Report of the Indian Hemp Drugs Commission, 1894-1895 - Volume VIII
Year: 1894
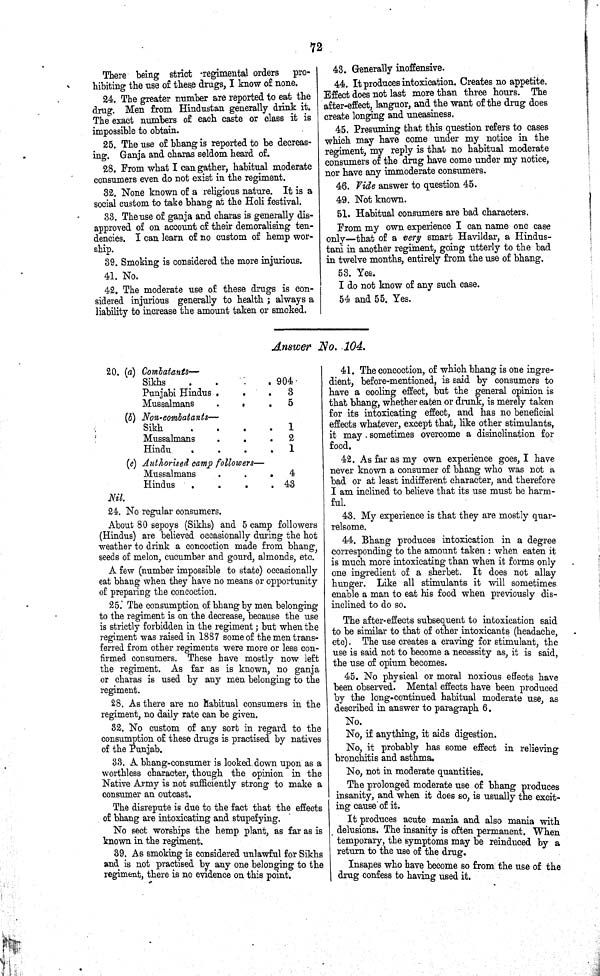
72
There being strict regimental orders pro-
hibiting the use of these drugs, I know of none.
24. The greater number are reported to eat the
drug. Men from Hindustan generally drink it.
The exact numbers of each caste or class it is
impossible to obtain.
25. The use of bhang is reported to be decreas-
ing. Ganja and charas seldom heard of.
28. From what I can gather, habitual moderate
consumers even do not exist in the regiment.
32. None known of a religious nature. It is a
social custom to take bhang at the Holi festival.
33. The use of ganja and charas is generally dis-
approved of on account of their demoralising ten-
dencies. I can learn of no custom of hemp wor-
ship.
39. Smoking is considered the more injurious.
41. No.
42. The moderate use of these drugs is con-
sidered injurious generally to health; always a
liability to increase the amount taken or smoked.
43. Generally inoffensive.
44. It produces intoxication. Creates no appetite.
Effect does not last more than three hours. The
after-effect, languor, and the want of the drug does
create longing and uneasiness.
45. Presuming that this question refers to cases
which may have come under my notice in the
regiment, my reply is that no habitual moderate
consumers of the drug have come under my notice,
nor have any immoderate consumers.
46. Vide answer to question 45.
49. Not known.
51. Habitual consumers are bad characters.
From my own experience I can name one case
only—that of a very smart Havildar, a Hindus-
tani in another regiment, going utterly to the bad
in twelve months, entirely from the use of bhang.
53. Yes.
I do not know of any such case.
54 and 55. Yes.
Answer No. 104.
20. (a) Combatants—
Sikhs
904
Punjabi Hindus
3
Mussalmans
5
(b) Non-combatants—
Sikh
1
Mussalmans
2
Hindu
1
(c) Authorised camp followers—
Mussalmans
4
Hindus
43
Nil.
24. No regular consumers.
About 80 sepoys (Sikhs) and 5 camp followers
(Hindus) are believed occasionally during the hot
weather to drink a concoction made from bhang,
seeds of melon, cucumber and gourd, almonds, etc.
A few (number impossible to state) occasionally
eat bhang when they have no means or opportunity
of preparing the concoction.
25. The consumption of bhang by men belonging
to the regiment is on the decrease, because the use
is strictly forbidden in the regiment; but when the
regiment was raised in 1887 some of the men trans-
ferred from other regiments were more or less con-
firmed consumers. These have mostly now left
the regiment. As far as is known, no ganja
or charas is used by any men belonging to the
regiment.
28. As there are no habitual consumers in the
regiment, no daily rate can be given.
32. No custom of any sort in regard to the
consumption of these drugs is practised by natives
of the Punjab.
33. A bhang-consumer is looked down upon as a
worthless character, though the opinion in the
Native Army is not sufficiently strong to make a
consumer an outcast.
The disrepute is due to the fact that the effects
of bhang are intoxicating and stupefying.
No sect worships the hemp plant, as far as is
known in the regiment.
39. As smoking is considered unlawful for Sikhs
and is not practised by any one belonging to the
regiment, there is no evidence on this point.
41. The concoction, of which bhang is one ingre-
dient, before-mentioned, is said by consumers to
have a cooling effect, but the general opinion is
that bhang, whether eaten or drunk, is merely taken
for its intoxicating effect, and has no beneficial
effects whatever, except that, like other stimulants,
it may sometimes overcome a disinclination for
food.
42. As far as my own experience goes, I have
never known a consumer of bhang who was not a
bad or at least indifferent character, and therefore
I am inclined to believe that its use must be harm-
ful.
43. My experience is that they are mostly quar-
relsome.
44. Bhang produces intoxication in a degree
corresponding to the amount taken: when eaten it
is much more intoxicating than when it forms only
one ingredient of a sherbet. It does not allay
hunger. Like all stimulants it will sometimes
enable a man to eat his food when previously dis-
inclined to do so.
The after-effects subsequent to intoxication said
to be similar to that of other intoxicants (headache,
etc). The use creates a craving for stimulant, the
use is said not to become a necessity as, it is said,
the use of opium becomes.
45. No physical or moral noxious effects have
been observed. Mental effects have been produced
by the long-continued habitual moderate use, as
described in answer to paragraph 6.
No.
No, if anything, it aids digestion.
No, it probably has some effect in relieving
bronchitis and asthma.
No, not in moderate quantities.
The prolonged moderate use of bhang produces
insanity, and when it does so, is usually the excit-
ing cause of it.
It produces acute mania and also mania with
delusions. The insanity is often permanent. When
temporary, the symptoms may be reinduced by a
return to the use of the drug.
Insanes who have become so from the use of the
drug confess to having used it.